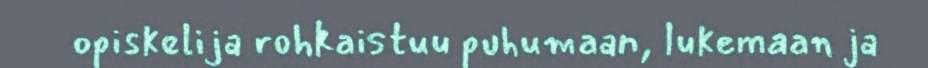
opiskelija rohkaistuu puhumaan, lukemaan ja